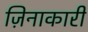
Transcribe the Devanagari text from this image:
ज़िनाकारी